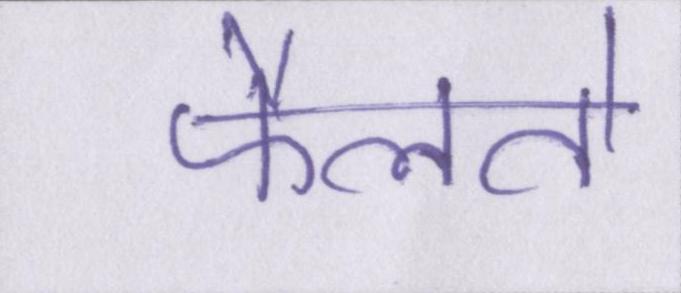
फैलते